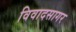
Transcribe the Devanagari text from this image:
विवादसागर